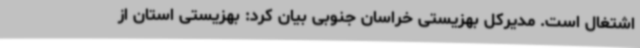
اشتغال است. مدیرکل بهزیستی خراسان جنوبی بیان کرد: بهزیستی استان از